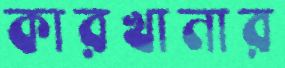
কারখানার